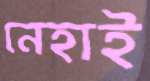
নেহাই